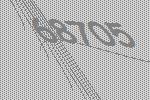
68705